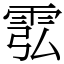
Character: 䨎